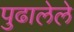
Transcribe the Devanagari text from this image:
पुढालेले